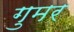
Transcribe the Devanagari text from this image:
गुमर